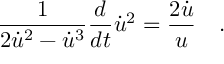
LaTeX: \frac { 1 } { 2 \dot { u } ^ { 2 } - \dot { u } ^ { 3 } } \frac { d } { d t } \dot { u } ^ { 2 } = \frac { 2 \dot { u } } { u } \quad .